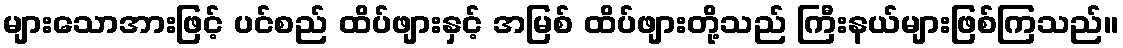
များသောအားဖြင့် ပင်စည် ထိပ်ဖျားနှင့် အမြစ် ထိပ်ဖျားတို့သည် ကြီးနယ်များဖြစ်ကြသည်။